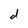
Character: d